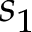
s _ { 1 }